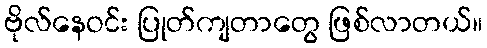
ဗိုလ်နေဝင်း ပြုတ်ကျတာတွေ ဖြစ်လာတယ်။